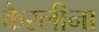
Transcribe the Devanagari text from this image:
कैरलीना